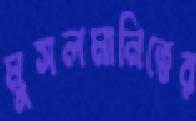
মুসলমানিত্বের